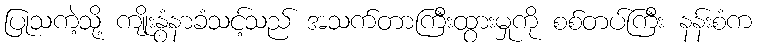
ပြုသကဲ့သို့ ကျိုးနွံနာခံသင့်သည် အသက်တာကြီးထွားမှုကို စစ်တပ်ကြီး နန်းစံက